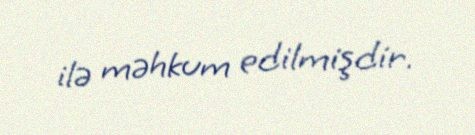
ilə məhkum edilmişdir.